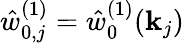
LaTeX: \hat{w}_{0,j}^{(1)}=\hat{w}_{0}^{(1)}(\mathbf{k}_{j})